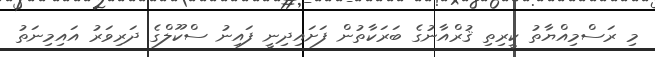
މި ރަސްމިއްޔާތު ކީރިތި ޤުރްއާނުގެ ބަރަކާތުން ފަށައިދިނީ ފައިނު ސްކޫލްގެ ދަރިވަރު އައިމިނަތު